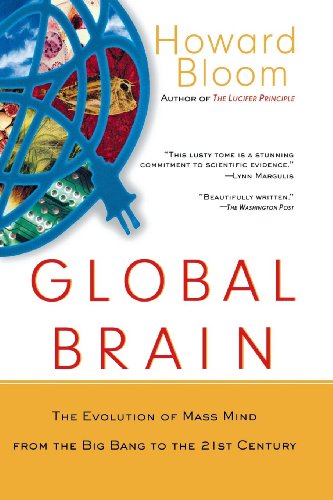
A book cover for Global Brain: The Evolution of Mass Mind from the Big Bang to the 21st Century; Howard Bloom; Science & Math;